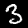
Digit: 3